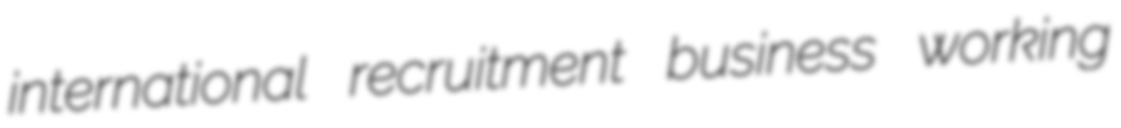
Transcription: international recruitment business working